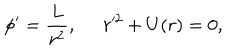
LaTeX: \phi ^ { \prime } = \frac { L } { r ^ { 2 } } , \; \; r ^ { 2 } + U ( r ) = 0 ,